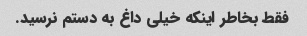
فقط بخاطر اینکه خیلی داغ به دستم نرسید.